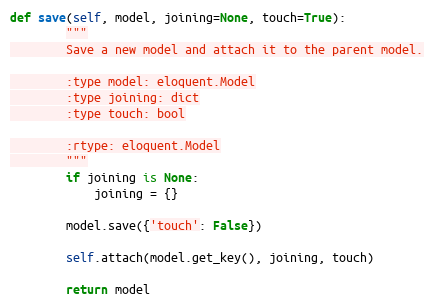
Language: Python
def save(self, model, joining=None, touch=True):
        """
        Save a new model and attach it to the parent model.

        :type model: eloquent.Model
        :type joining: dict
        :type touch: bool

        :rtype: eloquent.Model
        """
        if joining is None:
            joining = {}

        model.save({'touch': False})

        self.attach(model.get_key(), joining, touch)

        return model